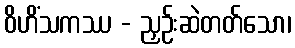
ဝိဟိံသကဿ - ညှဉ်းဆဲတတ်သော၊